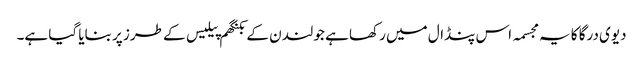
دیوی درگا کا یہ مجسمہ اس پنڈال میں رکھا ہے جو لندن کے بکنگھم پیلیس کے طرز پر بنایا گیا ہے۔